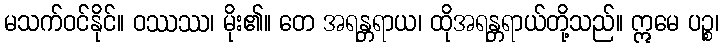
မသက်ဝင်နိုင်။ ဝဿဿ၊ မိုး၏။ တေ အရန္တရာယ၊ ထိုအရန္တရာယ်တို့သည်။ ဣမေ ပဉ္စ၊